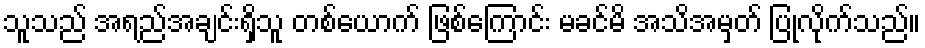
သူသည် အရည်အချင်းရှိသူ တစ်ယောက် ဖြစ်ကြောင်း မခင်မိ အသိအမှတ် ပြုလိုက်သည်။